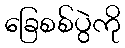
ခြေစစ်ပွဲကို